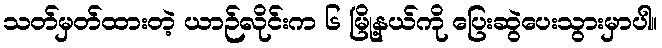
သတ်မှတ်ထားတဲ့ ယာဉ်လိုင်းက ၆ မြို့နယ်ကို ပြေးဆွဲပေးသွားမှာပါ။